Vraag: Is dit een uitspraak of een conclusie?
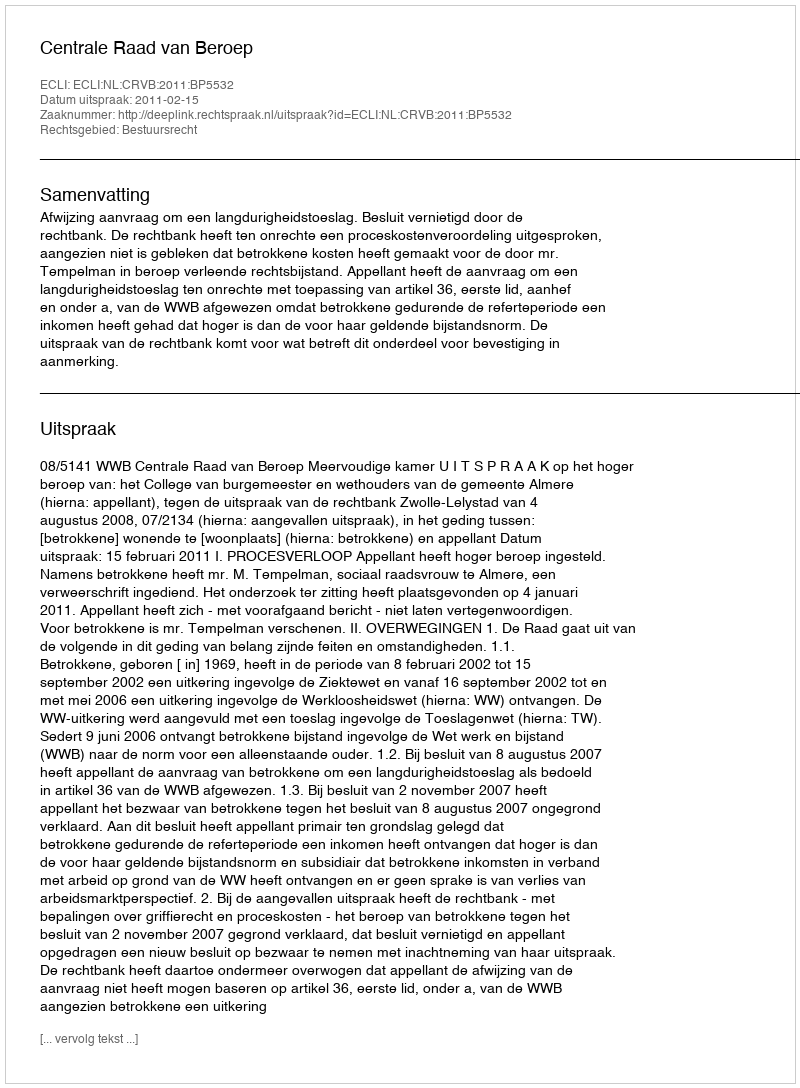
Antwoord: Uitspraak